Scottish Leaving Certificate Examination, 1955
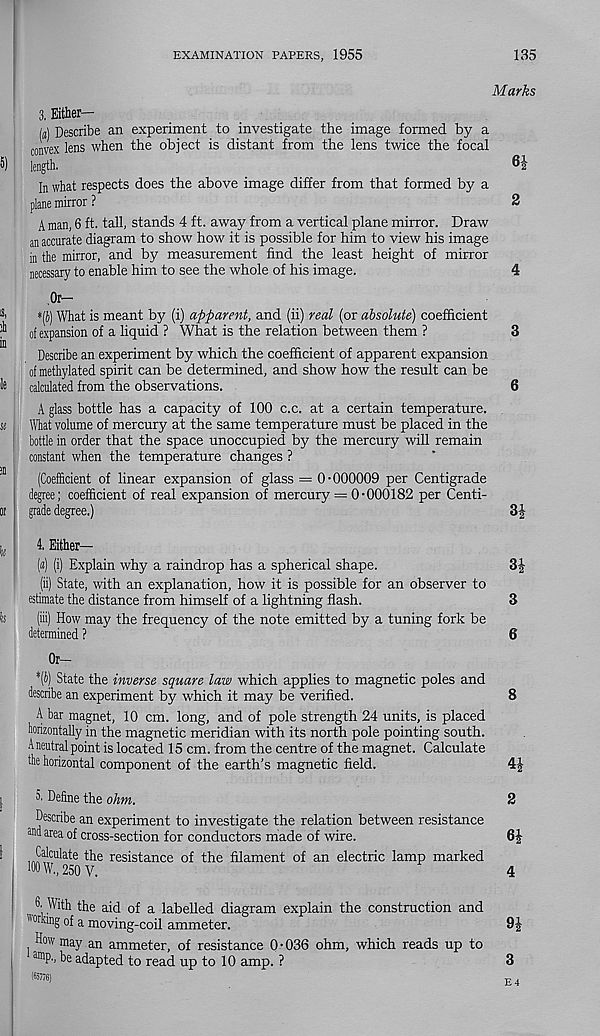
EXAMINATION PAPERS, 1955
135
Marks
3. Either—
m Describe an experiment to investigate the image formed by a
convex lens when the object is distant from the lens twice the focal
length.
In what respects does the above image differ from that formed by a
plane mirror ?
2
A man, 6 ft. tall, stands 4 ft. away from a vertical plane mirror. Draw
an accurate diagram to show how it is possible for him to view his image
in the mirror, and by measurement find the least height of mirror
necessary to enable him to see the whole of his image.
4
Or—
*(5) What is meant by (i) apparent, and (ii) real (or absolute) coefficient
of expansion of a liquid ? What is the relation between them ?
3
Describe an experiment by which the coefficient of apparent expansion
of methylated spirit can be determined, and show how the result can be
calculated from the observations.
6
A glass bottle has a capacity of 100 c.c. at a certain temperature.
What volume of mercury at the same temperature must be placed in the
bottle in order that the space unoccupied by the mercury will remain
constant when the temperature changes ?
(Coefficient of linear expansion of glass = 0-000009 per Centigrade
degree; coefficient of real expansion of mercury = 0-000182 per Centi-
grade degree.)
3|
4. Either—
(«) (i) Explain why a raindrop has a spherical shape.
3|
(ii) State, with an explanation, how it is possible for an observer to
estimate the distance from himself of a lightning flash.
3
(iii) How may the frequency of the note emitted by a tuning fork be
determined ?
6
Or—
*(i) State the inverse square law which applies to magnetic poles and
describe an experiment by which it may be Verified.
8
A bar magnet, 10 cm. long, and of pole strength 24 units, is placed
horizontally in the magnetic meridian with its north pole pointing south.
Aneutralpoint is located 15 cm. from the centre of the magnet. Calculate
the horizontal component of the earth's magnetic field.
4J
5. Define the ohm.
2
Describe an experiment to investigate the relation between resistance
Md area of cross-section for conductors made of wire.
6i
Calculate the resistance of the filament of an electric lamp marked
100 W., 250 V.
4
0. With the aid of a labelled diagram explain the construction and
"orking of a moving-coil ammeter.
9£
How may an ammeter, of resistance 0-036 ohm, which reads up to
am P., be adapted to read up to 10 amp. ?
3
(65776)
E ,